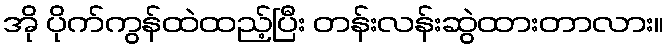
အို ပိုက်ကွန်ထဲထည့်ပြီး တန်းလန်းဆွဲထားတာလား။